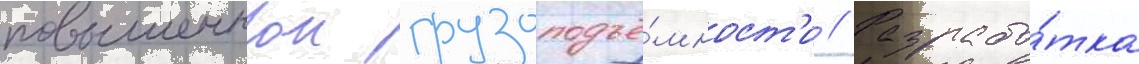
повышеннои грузоподъё́мност'и // Разрабо́тка